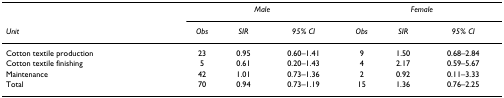
|  | <COLSPAN=3> Male | <COLSPAN=3> Female |
 | Unit | Obs | SIR | 95% CI | Obs | SIR | 95% CI |
 | --- | --- | --- | --- | --- | --- | --- |
 | Cotton textile production | 23 | 0.95 | 0.60–1.41 | 9 | 1.50 | 0.68–2.84 |
 | Cotton textile finishing | 5 | 0.61 | 0.20–1.43 | 4 | 2.17 | 0.59–5.67 |
 | Maintenance | 42 | 1.01 | 0.73–1.36 | 2 | 0.92 | 0.11–3.33 |
 | Total | 70 | 0.94 | 0.73–1.19 | 15 | 1.36 | 0.76–2.25 |